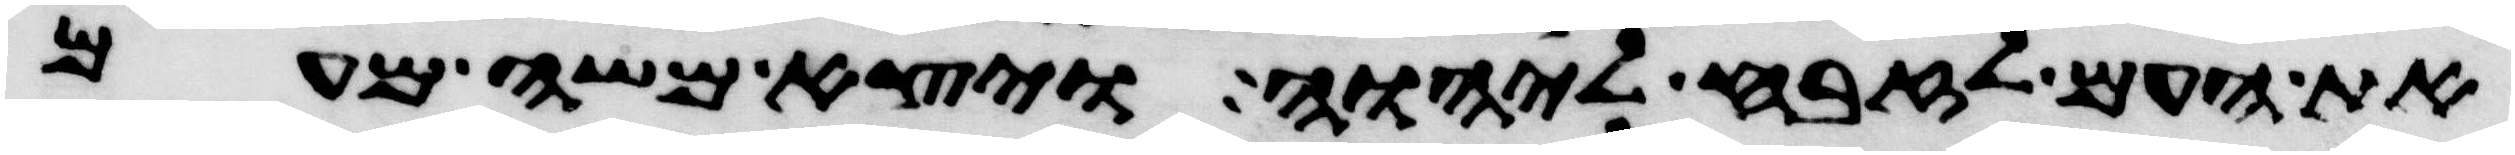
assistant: את העם לזבח ליהוה ויצא משה מעם